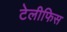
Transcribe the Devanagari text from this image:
टेलीफिस